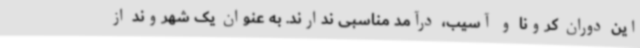
این دوران کرونا و آسیب، درآمد مناسبی ندارند. به عنوان یک شهروند از